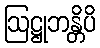
ဩဋ္ဌုဘန္တိပိ